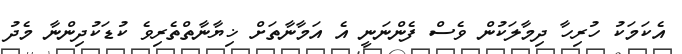
އެކަމަކު ހުރިހާ ދިމާލަކުން ވެސް ފެންނަނީ އެ އަމާނާތަށް ޚިޔާނާތްތެރިވެ ކުޑަކުދިންނާ މެދު